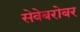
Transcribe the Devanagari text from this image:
सेवेबरोबर